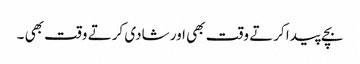
بچے پیدا کرتے وقت بھی اور شادی کرتے وقت بھی ۔